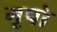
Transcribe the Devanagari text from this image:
गृपो